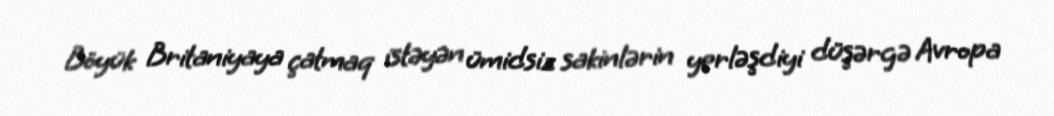
Böyük Britaniyaya çatmaq istəyən ümidsiz sakinlərin yerləşdiyi düşərgə Avropa